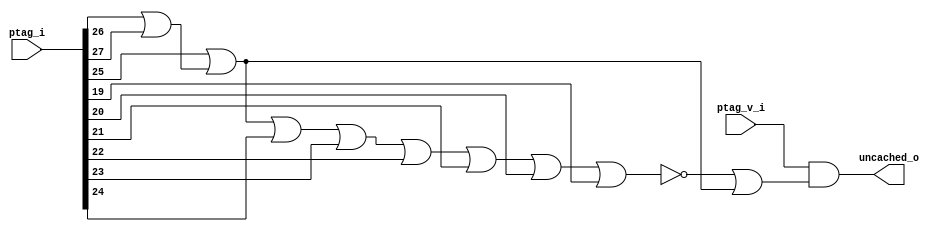
// This program was cloned from: https://github.com/NYU-MLDA/OpenABC
// License: BSD 3-Clause "New" or "Revised" License

module bp_pma_05
(
  ptag_v_i,
  ptag_i,
  uncached_o
);

  input [27:0] ptag_i;
  input ptag_v_i;
  output uncached_o;
  wire uncached_o,is_local_addr,N0,N1,N2,N3,N4,N5,N6,N7,N8,N9,N10;
  assign N0 = ptag_i[26] | ptag_i[27];
  assign N1 = ptag_i[25] | N0;
  assign is_local_addr = ~N9;
  assign N9 = N8 | ptag_i[19];
  assign N8 = N7 | ptag_i[20];
  assign N7 = N6 | ptag_i[21];
  assign N6 = N5 | ptag_i[22];
  assign N5 = N4 | ptag_i[23];
  assign N4 = N3 | ptag_i[24];
  assign N3 = N2 | ptag_i[25];
  assign N2 = ptag_i[27] | ptag_i[26];
  assign uncached_o = ptag_v_i & N10;
  assign N10 = is_local_addr | N1;

endmodule